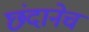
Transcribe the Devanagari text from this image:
छंदानेच